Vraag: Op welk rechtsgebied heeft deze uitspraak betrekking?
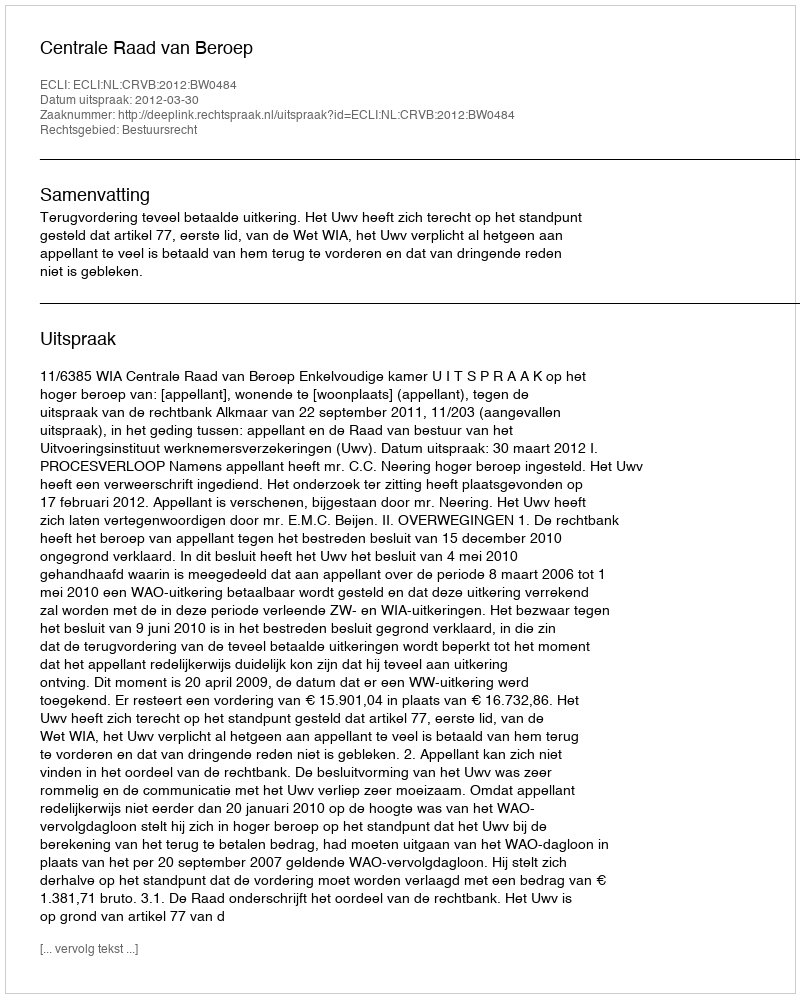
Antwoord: Bestuursrecht